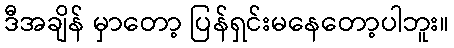
ဒီအချိန် မှာတော့ ပြန်ရှင်းမနေတော့ပါဘူး။